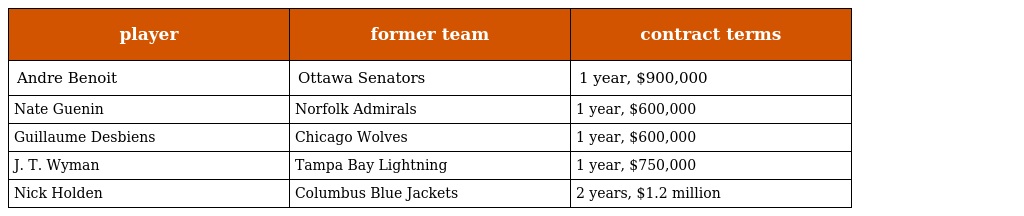
| player | former team | contract terms |
 | --- | --- | --- |
 | Andre Benoit | Ottawa Senators | 1 year, $900,000 |
 | Nate Guenin | Norfolk Admirals | 1 year, $600,000 |
 | Guillaume Desbiens | Chicago Wolves | 1 year, $600,000 |
 | J. T. Wyman | Tampa Bay Lightning | 1 year, $750,000 |
 | Nick Holden | Columbus Blue Jackets | 2 years, $1.2 million |